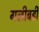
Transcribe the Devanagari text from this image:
गलीबर्डी